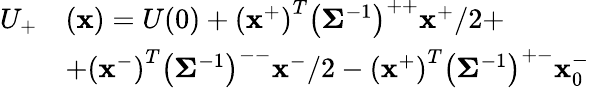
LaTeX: \begin{array}{rl}{U_{+}}&{(\mathbf{x})=U(0)+\left(\mathbf{x}^{+}\right)^{T}\left(\mathbf{\Sigma}^{-1}\right)^{++}\mathbf{x}^{+}/2+}\\ &{+\left(\mathbf{x}^{-}\right)^{T}\left(\mathbf{\Sigma}^{-1}\right)^{--}\mathbf{x}^{-}/2-\left(\mathbf{x}^{+}\right)^{T}\left(\mathbf{\Sigma}^{-1}\right)^{+-}\mathbf{x}_{0}^{-}}\end{array}